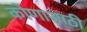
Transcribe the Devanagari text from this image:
कोणासाठी